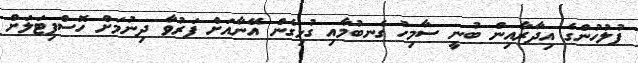
ފުލުހުންގެ އިދާރާއިން ބުނީ ސާމިހު ގެނބުމާއި ގުޅިގެން އޭނާއަށް ފަރުވާ ދިނުމަށް ހޮސްޕިޓަލަށް